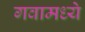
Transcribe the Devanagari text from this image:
गवामध्ये